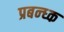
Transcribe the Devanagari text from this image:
प्रबन्ध्क